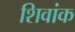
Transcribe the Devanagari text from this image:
शिवांक